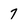
Character: 7